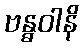
ဗန္ဓဝါနိ